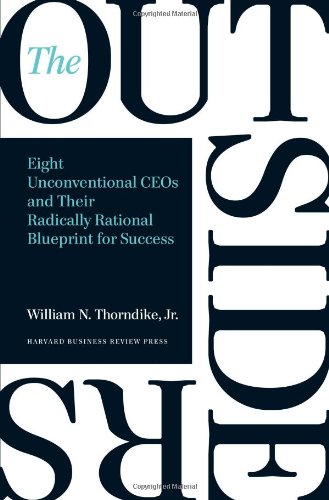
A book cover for The Outsiders: Eight Unconventional CEOs and Their Radically Rational Blueprint for Success; William N. Thorndike; Business & Money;